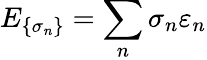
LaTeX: E_{\{ \sigma_{n}\} }=\sum_{n}\sigma_{n}\varepsilon_{n}